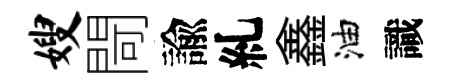
嫂閜諭糺鑫油識